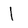
Character: l